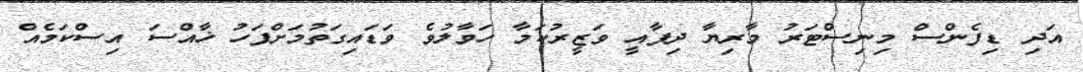
އަދި ޑިފެންސް މިނިސްޓަރު މާރިޔާ ދިފާއީ ވަޒީރުކަމާ ހަވާލުވެ ވަޑައިގަތުމަށްފަހު ޚާއްސަ އިސްކަމެއް